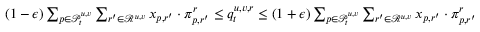
\begin{array} { r } { ( 1 - \epsilon ) \sum _ { p \in \mathcal { P } _ { t } ^ { u , v } } \sum _ { r ^ { \prime } \in \mathcal { R } ^ { u , v } } x _ { p , r ^ { \prime } } \cdot \pi _ { p , r ^ { \prime } } ^ { r } \leq q _ { t } ^ { u , v , r } \leq ( 1 + \epsilon ) \sum _ { p \in \mathcal { P } _ { t } ^ { u , v } } \sum _ { r ^ { \prime } \in \mathcal { R } ^ { u , v } } x _ { p , r ^ { \prime } } \cdot \pi _ { p , r ^ { \prime } } ^ { r } } \end{array}